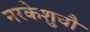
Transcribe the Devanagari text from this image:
नरकेशुचौ